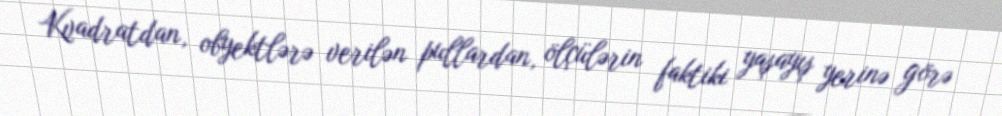
Kvadratdan, obyektlərə verilən pullardan, ölçülərin faktiki yaşayış yerinə görə